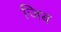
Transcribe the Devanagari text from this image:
जिब